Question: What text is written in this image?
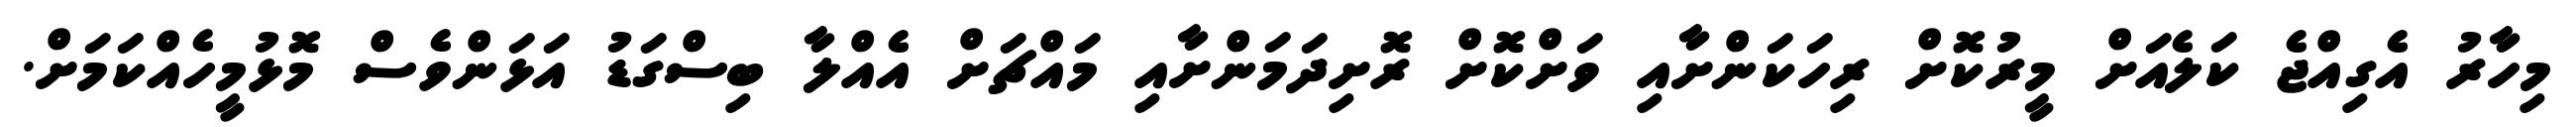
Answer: މިހާރު އެގިއްޖެ ކަލެއަށް މީރުކޮށް ރިހަކަންށާއި ވަށްކޮށް ރޮށިދަމަންށާއި މައްޗަށް އެއްލާ ބިސްގަޑު އަޅަންވެސް މޮޅުމީހެއްކަމަށް.